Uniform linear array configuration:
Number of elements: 12
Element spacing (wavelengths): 0.75
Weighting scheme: uniform
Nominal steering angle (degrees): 0
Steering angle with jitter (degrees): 1.95
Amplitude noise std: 0.05
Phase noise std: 0.05

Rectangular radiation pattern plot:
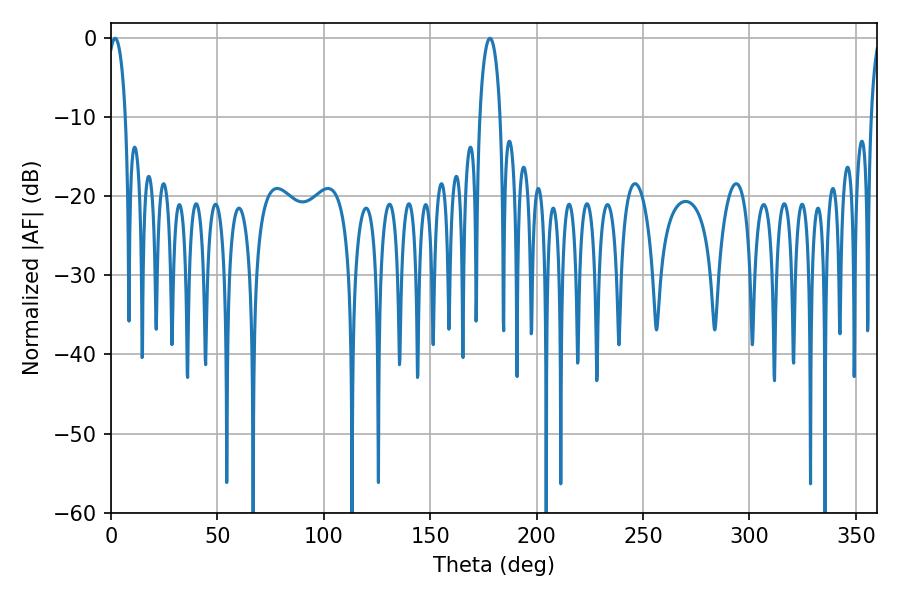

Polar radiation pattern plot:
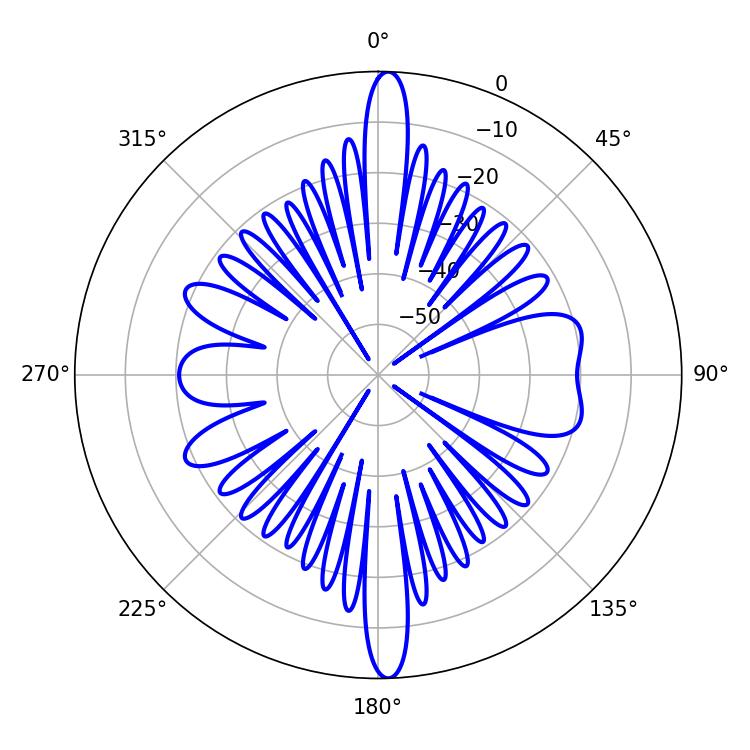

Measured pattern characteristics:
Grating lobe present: TRUE
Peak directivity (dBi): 23.727
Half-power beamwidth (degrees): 4.68
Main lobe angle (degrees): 1.98